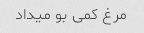
مرغ کمی بو میداد